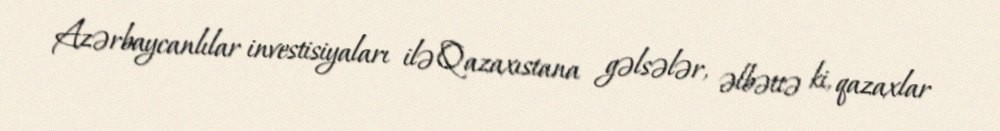
Azərbaycanlılar investisiyaları ilə Qazaxıstana gəlsələr, əlbəttə ki, qazaxlar